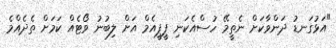
"އަޅުގަނޑު ދަންވާކަށް ނެތީމޭ ހުސްއެކަނި ޕީޕީއެމް އަށް ލިބުނު ވޯޓެއް ކަމަށް ތެދެއްމެ